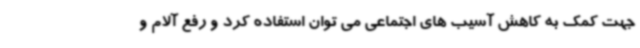
جهت کمک به کاهش آسیب های اجتماعی می توان استفاده کرد و رفع آلام و